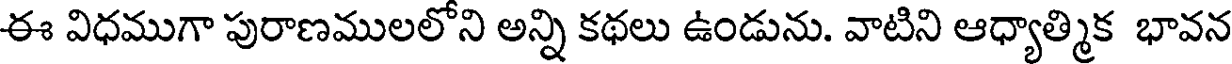
ఈ విధముగా పురాణములలోని అన్ని కథలు ఉండును. వాటిని ఆధ్యాత్మిక భావన